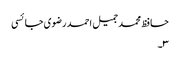
حافظ محمد جمیل احمد رضوی جائسی
۳۔